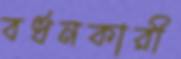
বর্ধনকারী